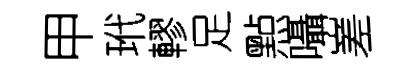
甲玳轇足㸃囁嵳